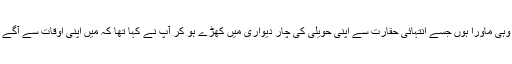
میں آج بھی وہی ماورا ہوں جسے انتہائی حقارت سے اپنی حویلی کی چار دیواری میں کھڑے ہو کر آپ نے کہا تھا کہ میں اپنی اوقات سے آگے مت بڑھوں۔